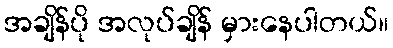
အချိန်ပို အလုပ်ချိန် မှားနေပါတယ်။